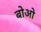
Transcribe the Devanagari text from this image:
बोओ